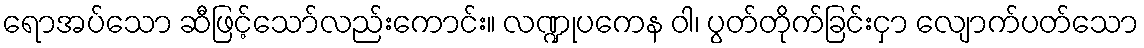
ရောအပ်သော ဆီဖြင့်သော်လည်းကောင်း။ လဏ္ဍုပကေန ဝါ၊ ပွတ်တိုက်ခြင်းငှာ လျောက်ပတ်သော